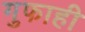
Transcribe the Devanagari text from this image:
गुफाही